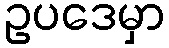
ဥပဒေမှာ